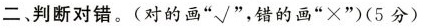
二、判断对错。(对的画”√”，错的画”×”(5分)